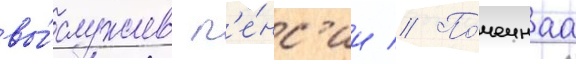
вы́служив п'е́нс'ии // По́чечнаа